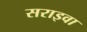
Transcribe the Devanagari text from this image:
सराइवा